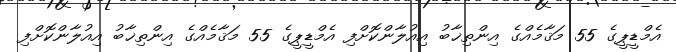
އެމްޑީޕީގެ 55 މަޤާމެއްގެ އިންތިޚާބު އިއުލާންކޮށްފި އެމްޑީޕީގެ 55 މަޤާމެއްގެ އިންތިޚާބު އިއުލާންކޮށްފި